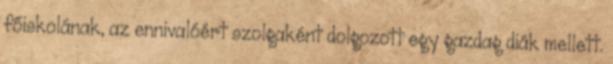
főiskolának, az ennivalóért szolgaként dolgozott egy gazdag diák mellett.